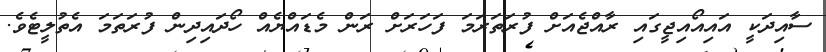
ސާއިދަކީ އައިއޯއިޖީގައި ރާއްޖެއަށް ފުރަތަރަމަ ފަހަރަށް ރަން މެޑައްޔެއް ހޯދައިދިން ފުރަތަމަ އެތުލީޓެވެ.